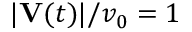
| \mathbf { V } ( t ) | / v _ { 0 } = 1